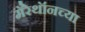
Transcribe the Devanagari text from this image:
मॅरेथॉनच्या